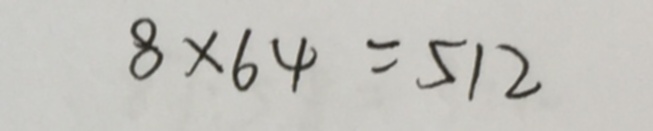
8 \times 6 4 = 5 1 2